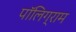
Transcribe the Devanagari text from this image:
पॉलिग्राम